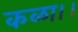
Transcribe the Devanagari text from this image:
कळा।।